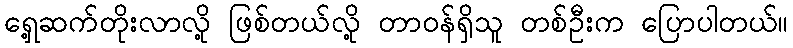
ရှေ့ဆက်တိုးလာလို့ ဖြစ်တယ်လို့ တာဝန်ရှိသူ တစ်ဦးက ပြောပါတယ်။